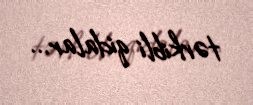
tərkibli qidalar...